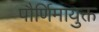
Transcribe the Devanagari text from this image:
पौर्णिमायुक्त